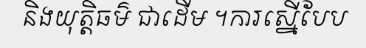
និងយុត្តិធម៌ ជាដើម ។ការស្នើបែប